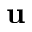
\mathbf { u }